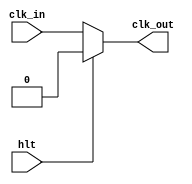
// This program was cloned from: https://github.com/kevinwguan/tt06-SAP-1_Computer-
// License: Apache License 2.0

`default_nettype none
`timescale 1ns/1ps
module clock(
    input  hlt,
    input  clk_in,
    output clk_out
    );

    assign clk_out = (hlt) ? 1'b0 : clk_in;

endmodule